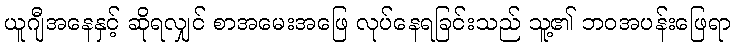
ယူဂျီအနေနှင့် ဆိုရလျှင် စာအမေးအဖြေ လုပ်နေရခြင်းသည် သူ့၏ ဘဝအပန်းဖြေရာ